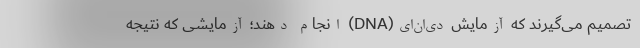
تصمیم می‌گیرند که آزمایش دی‌ان‌ای(DNA) انجام دهند؛ آزمایشی که نتیجه